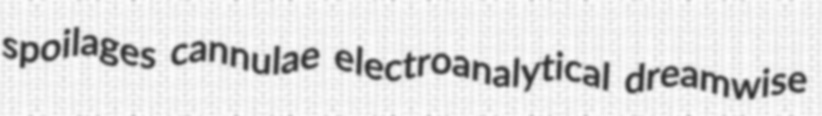
spoilages cannulae electroanalytical dreamwise